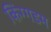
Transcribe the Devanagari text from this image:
किंग्गडम